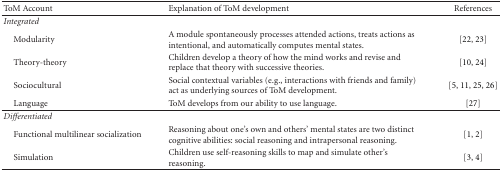
<table><thead><tr><td><b>ToM Account</b></td><td><b>Explanation of ToM development</b></td><td><b>References</b></td></tr></thead><tbody><tr><td><i>Integrated</i></td><td></td><td></td></tr><tr><td> Modularity</td><td>A module spontaneously processes attended actions, treats actions as intentional, and automatically computes mental states.</td><td>[22, 23]</td></tr><tr><td> Theory-theory</td><td>Children develop a theory of how the mind works and revise and replace that theory with successive theories.</td><td>[10, 24]</td></tr><tr><td> Sociocultural</td><td>Social contextual variables (e.g., interactions with friends and family) act as underlying sources of ToM development.</td><td>[5, 11, 25, 26]</td></tr><tr><td> Language</td><td>ToM develops from our ability to use language.</td><td>[27]</td></tr><tr><td><i>Differentiated</i></td><td></td><td></td></tr><tr><td> Functional multilinear socialization</td><td>Reasoning about one&#x27;s own and others&#x27; mental states are two distinct cognitive abilities: social reasoning and intrapersonal reasoning.</td><td>[1, 2]</td></tr><tr><td> Simulation</td><td>Children use self-reasoning skills to map and simulate other&#x27;s reasoning.</td><td>[3, 4]</td></tr></tbody></table>